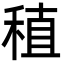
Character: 稙